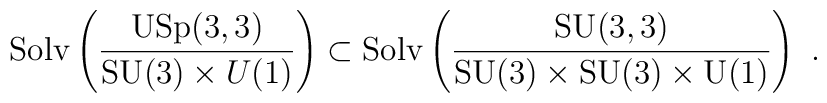
\mathrm{Solv}\left(\frac{\mathrm{USp}(3,3)}{\mathrm{SU}(3)\times{U}(1)}\right)  \subset  \mathrm{Solv}\left(\frac{\mathrm{SU}(3,3)}{\mathrm{SU}(3) \times \mathrm{SU}(3)\times  \mathrm{U}(1)}  \right)~.